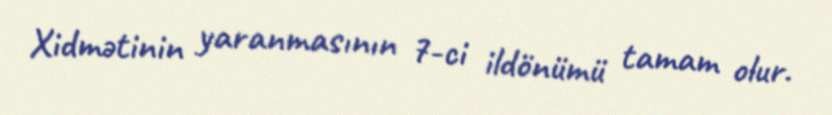
Xidmətinin yaranmasının 7-ci ildönümü tamam olur.